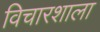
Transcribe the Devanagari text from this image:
विचारशाला